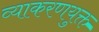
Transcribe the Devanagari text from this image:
व्याकरणयुक्त